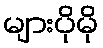
များပိုမို